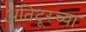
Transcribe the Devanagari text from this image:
अतिदूरच्या